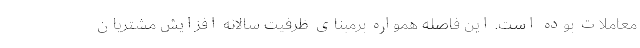
معاملات بوده است. این فاصله همواره برمبنای ظرفیت سالانه افزایش مشتریان